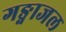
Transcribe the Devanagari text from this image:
गङ्गाजल